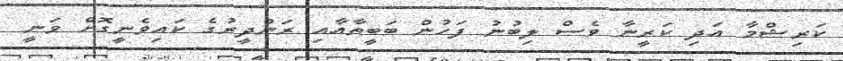
ކަރިޝްމާ އަދި ކަރީނާ ވެސް ލިބުނު ފަހުން ބަބީތާއާއި ރަންދީރުގެ ކައިވެނީގޮށް ވަނީ